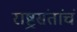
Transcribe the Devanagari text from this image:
राष्ट्रसंतांचं